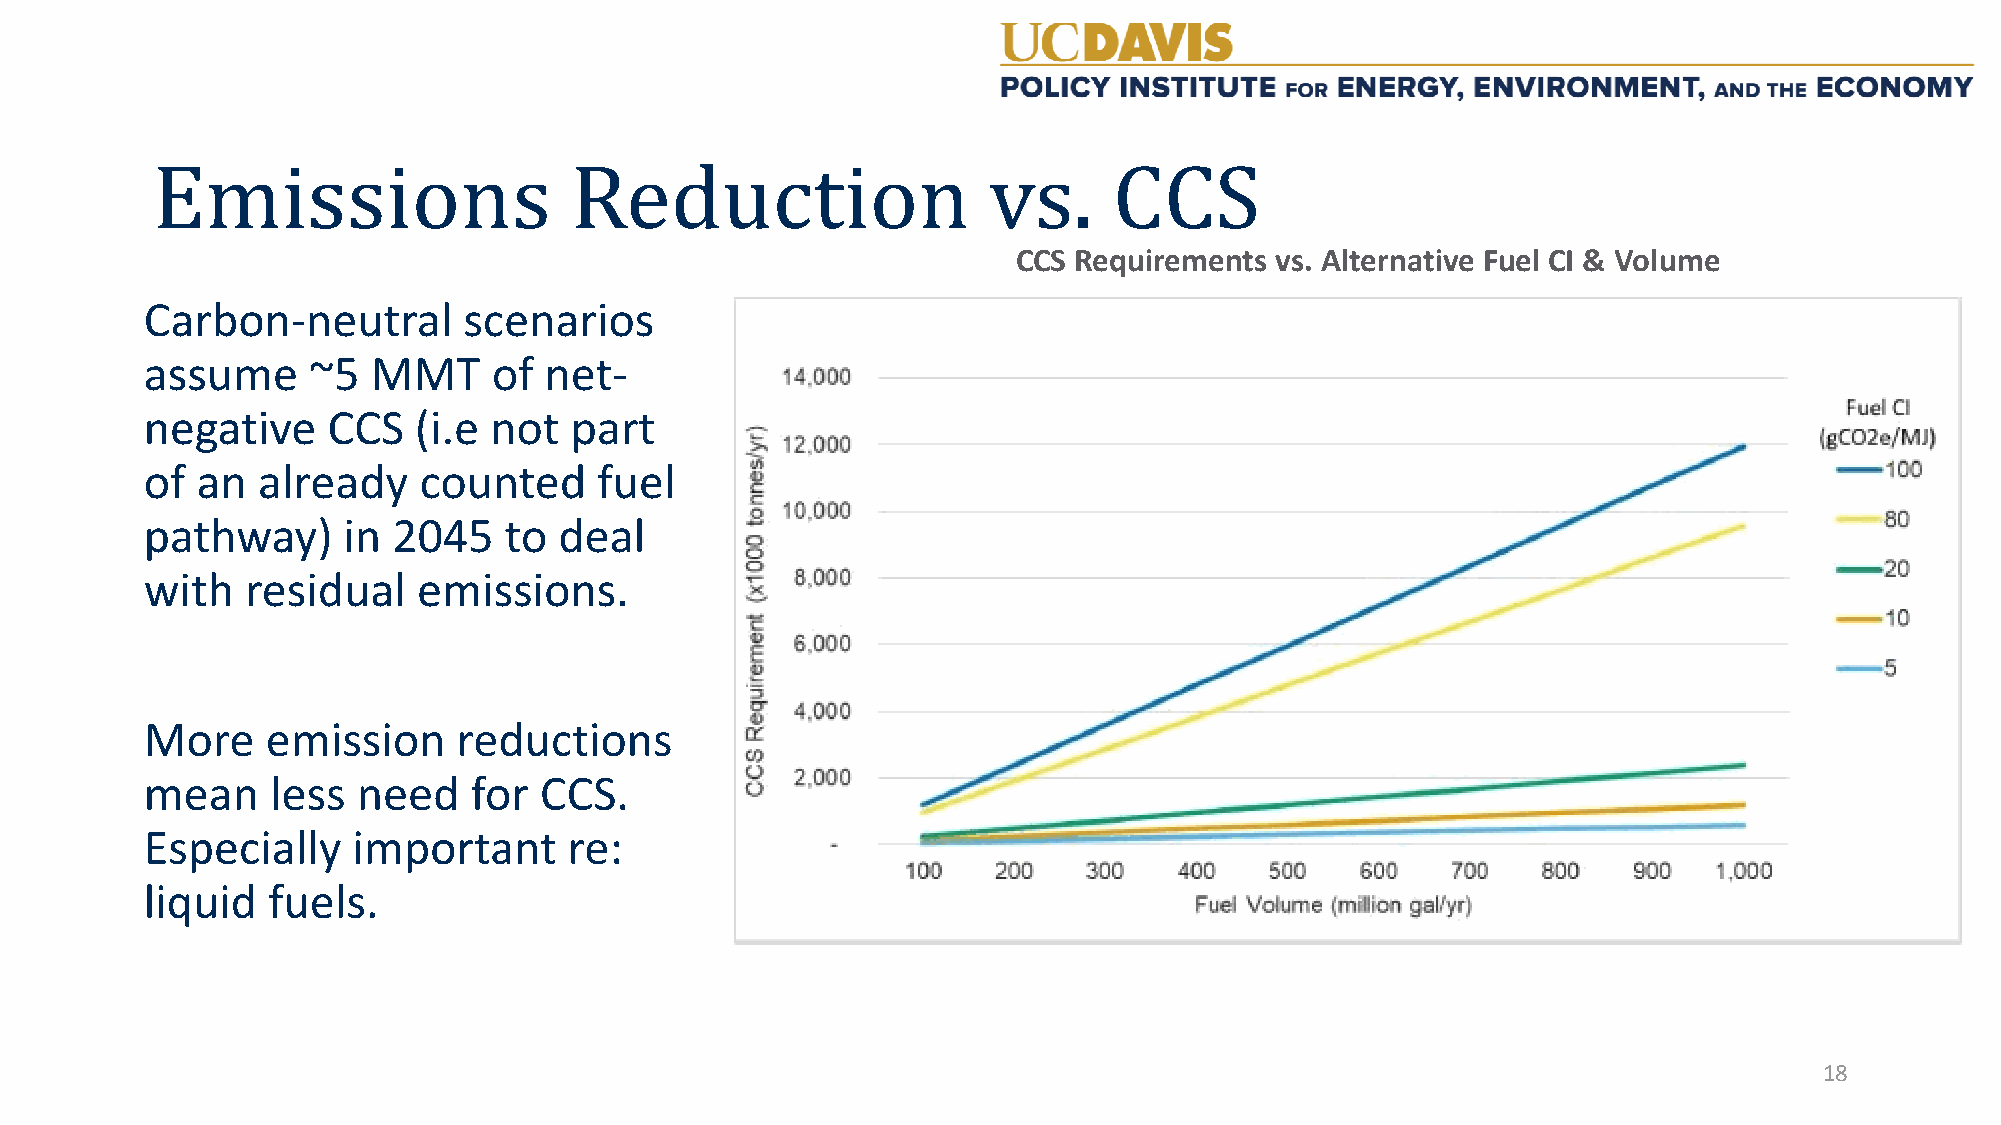
CCS Requirements vs. Alternative Fuel CI & Volume
 Carbon-neutral       scenarios
 assume    ~5   MMT     of net-
 Emissions                   Reduction                  vs.      CCS
 negative    CCS  (i.e not   part
 of an  already    counted     fuel
 pathway)     in 2045   to  deal
 with  residual    emissions.
 More    emission    reductions
 mean    less  need   for  CCS.
 Especially   important      re:
 liquid  fuels.
 18